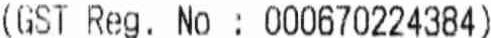
(GST REG. NO : 000670224384)